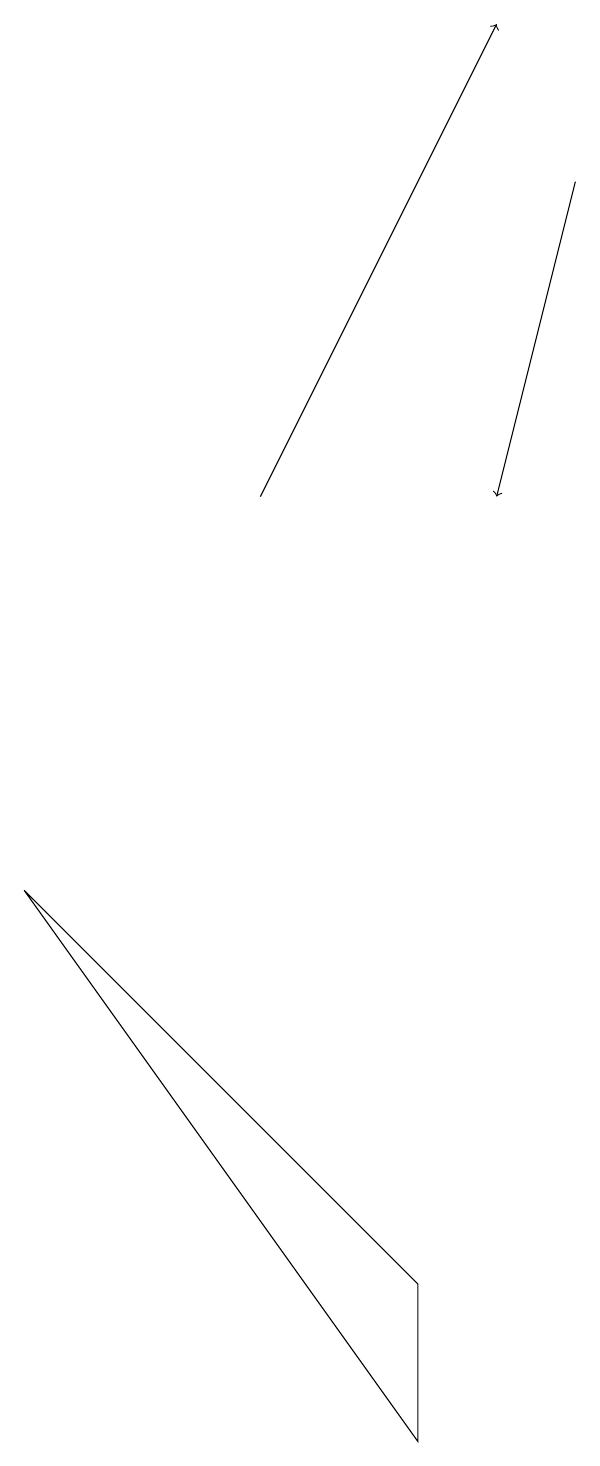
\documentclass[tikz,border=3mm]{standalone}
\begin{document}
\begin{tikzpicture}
\draw (5,3) -- (0,8) -- (5,1) -- cycle;
\draw[->] (3,13) -- (6,19);
\draw[->] (7,17) -- (6,13);
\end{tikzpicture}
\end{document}